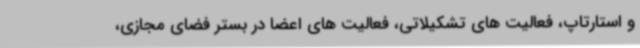
و استارتاپ، فعالیت های تشکیلاتی، فعالیت های اعضا در بستر فضای مجازی،